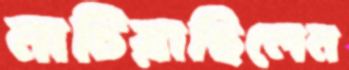
নাচিয়াছিলেন